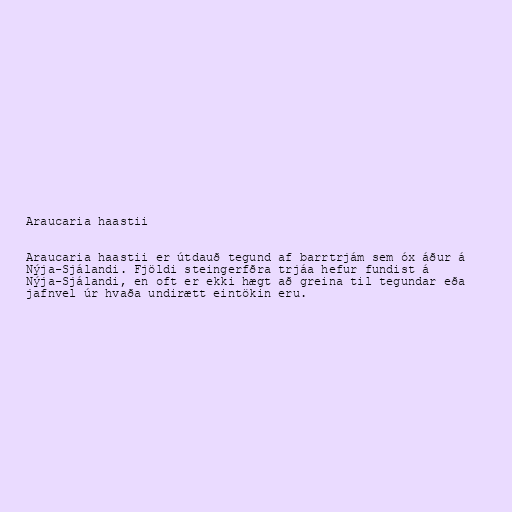
Araucaria haastii

Araucaria haastii er útdauð tegund af barrtrjám sem óx áður á
Nýja-Sjálandi. Fjöldi steingerfðra trjáa hefur fundist á
Nýja-Sjálandi, en oft er ekki hægt að greina til tegundar eða
jafnvel úr hvaða undirætt eintökin eru.